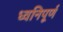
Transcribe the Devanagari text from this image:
ध्वनिपूर्ण